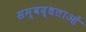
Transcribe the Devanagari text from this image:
सम्बद्धताओं